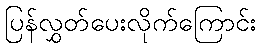
ပြန်လွှတ်ပေးလိုက်ကြောင်း